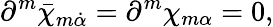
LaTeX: \partial^{m}\bar{\chi}_{m\dot{\alpha}}=\partial^{m}\chi_{m\alpha}=0,